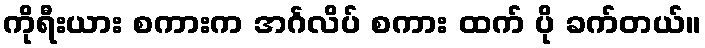
ကိုရီးယား စကားက အင်္ဂလိပ် စကား ထက် ပို ခက်တယ်။